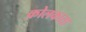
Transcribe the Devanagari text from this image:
क़ोलकाता